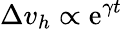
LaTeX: \Delta v_{h}\propto\mathrm{e}^{\gamma t}